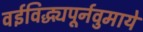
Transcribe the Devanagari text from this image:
वईविद्ध्यपूर्नवुमाये